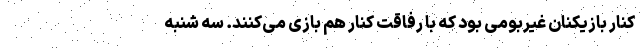
کنار بازیکنان غیربومی بود که با رفاقت کنار هم بازی می‌کنند. سه شنبه